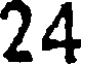
24